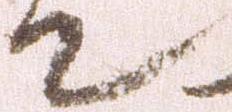
て